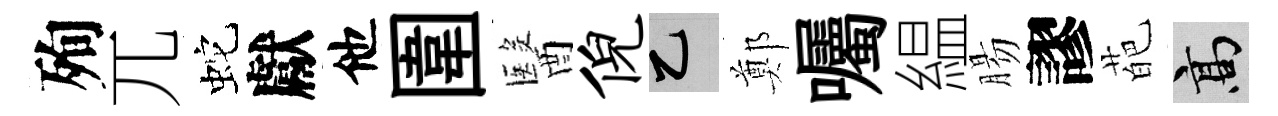
殉兀蛇獻他圍醫倪乙鄭囑緼腸謬葩高